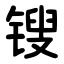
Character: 锼